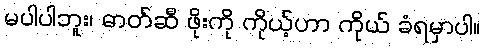
မပါပါဘူး၊ ဓာတ်ဆီ ဖိုးကို ကိုယ့်ဟာ ကိုယ် ခံရမှာပါ။